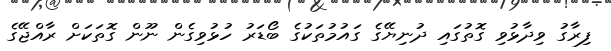
ފިރާގު ވިދާޅުވި ގޮތުގައި ދުނިޔޭގެ ގައުމުތަކުގެ ބޯޑަރު ހުޅުވިގެން ނޫން ގޮތަކަށް ރާއްޖޭގެ